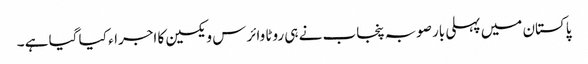
پاکستان میں پہلی بار صوبہ پنجاب نے ہی روٹا وائرس ویکسین کا اجراء کیا گیا ہے ۔